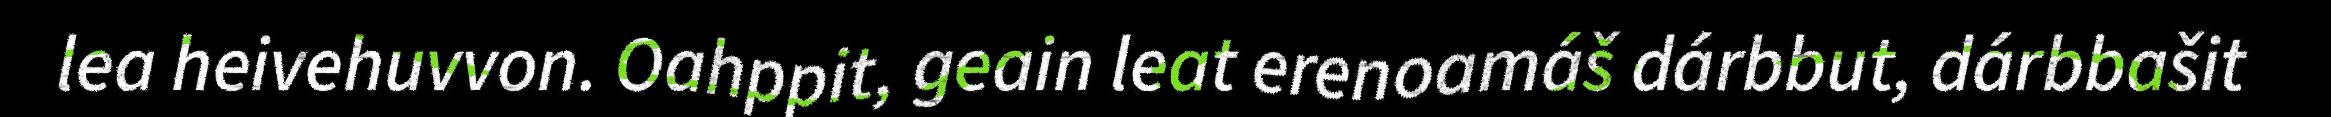
lea heivehuvvon. Oahppit, geain leat erenoamáš dárbbut, dárbbašit